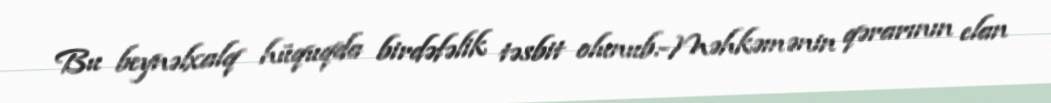
Bu beynəlxalq hüquqda birdəfəlik təsbit olunub.-Məhkəmənin qərarının elan